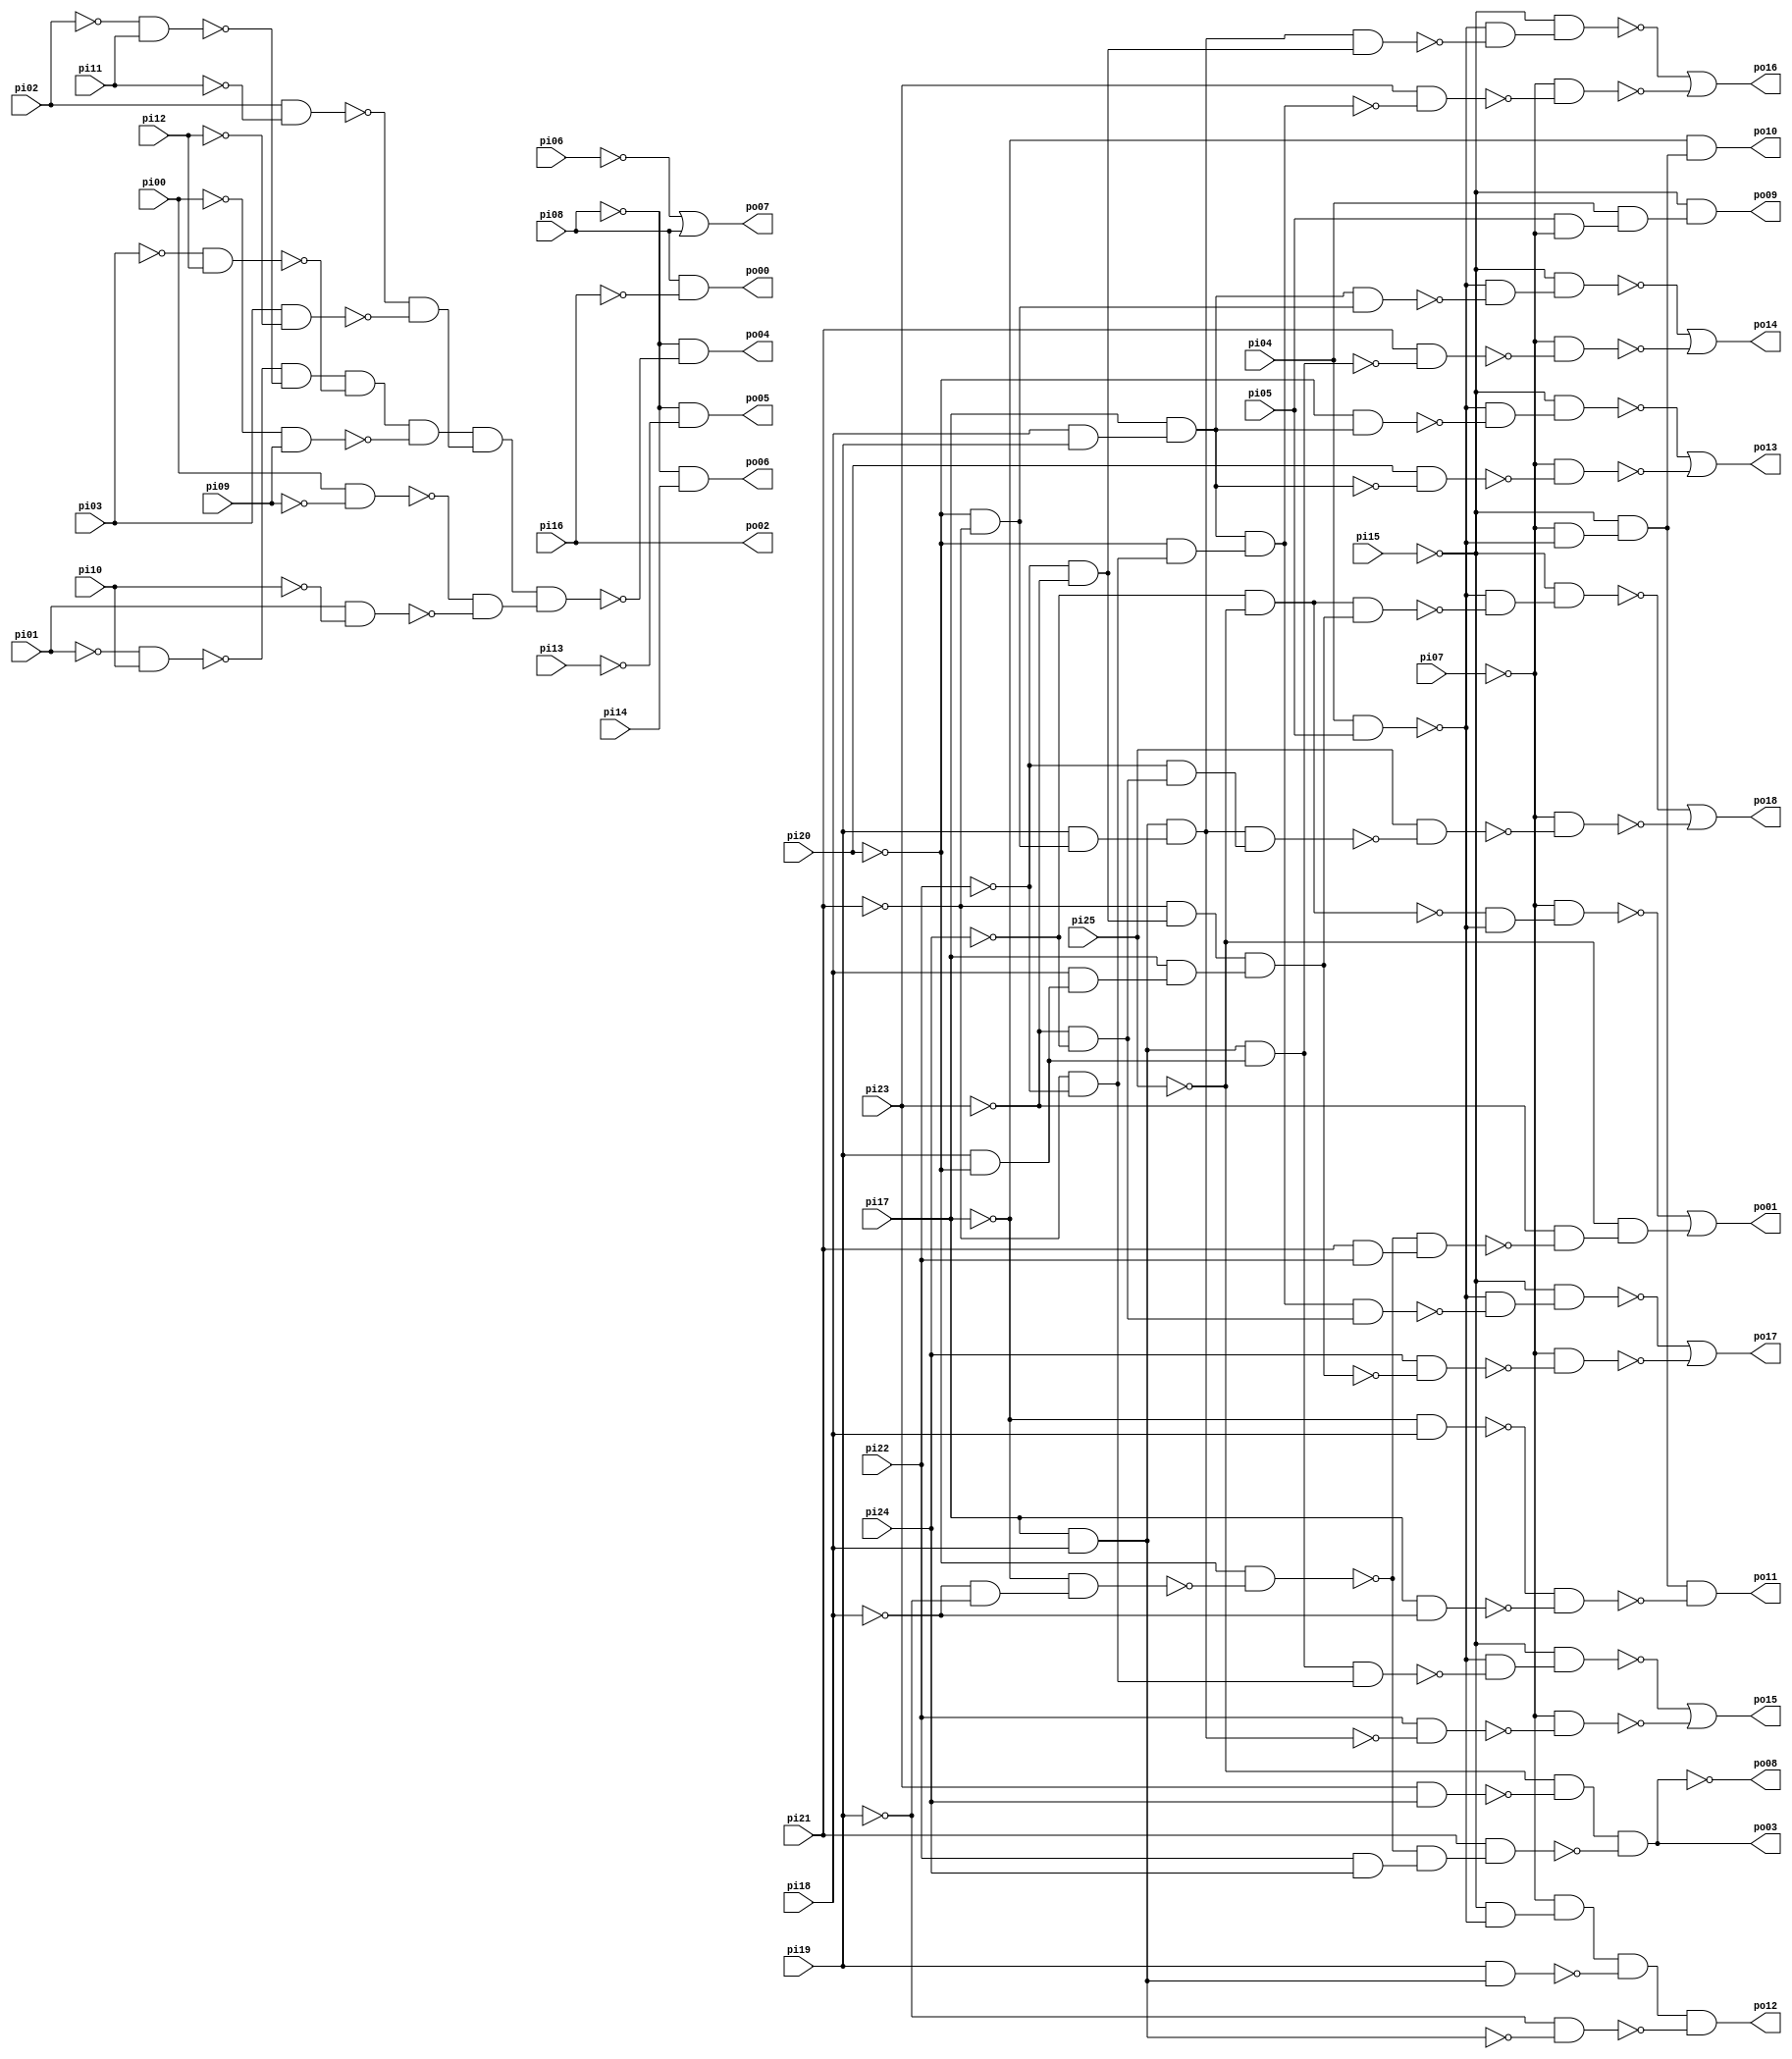
// Benchmark "lal" written by ABC on Sun Apr 22 21:43:06 2018

module lal ( 
    pi00, pi01, pi02, pi03, pi04, pi05, pi06, pi07, pi08, pi09, pi10, pi11,
    pi12, pi13, pi14, pi15, pi16, pi17, pi18, pi19, pi20, pi21, pi22, pi23,
    pi24, pi25,
    po00, po01, po02, po03, po04, po05, po06, po07, po08, po09, po10, po11,
    po12, po13, po14, po15, po16, po17, po18  );
  input  pi00, pi01, pi02, pi03, pi04, pi05, pi06, pi07, pi08, pi09,
    pi10, pi11, pi12, pi13, pi14, pi15, pi16, pi17, pi18, pi19, pi20, pi21,
    pi22, pi23, pi24, pi25;
  output po00, po01, po02, po03, po04, po05, po06, po07, po08, po09, po10,
    po11, po12, po13, po14, po15, po16, po17, po18;
  wire n47, n48, n49, n50, n51, n52, n53, n54, n55, n56, n57, n59, n60, n61,
    n62, n63, n65, n66, n67, n68, n69, n70, n71, n72, n73, n74, n75, n76,
    n77, n78, n79, n84, n85, n87, n88, n90, n91, n92, n94, n95, n96, n97,
    n98, n99, n101, n102, n103, n104, n105, n106, n107, n109, n110, n111,
    n112, n113, n114, n115, n116, n118, n119, n120, n121, n122, n123, n124,
    n125, n127, n128, n129, n130, n131, n132, n133, n134, n136, n137, n138,
    n139, n140, n141, n142, n143, n144, n145, n147, n148, n149, n150, n151,
    n152, n153;
  assign po00 = pi08 & ~pi16;
  assign n47 = ~pi18 & ~pi19;
  assign n48 = ~pi17 & n47;
  assign n49 = ~pi20 & ~n48;
  assign n50 = pi21 & pi22;
  assign n51 = ~n49 & n50;
  assign n52 = ~pi24 & ~pi25;
  assign n53 = pi04 & pi05;
  assign n54 = ~n52 & ~n53;
  assign n55 = ~pi07 & n54;
  assign n56 = ~pi23 & ~n51;
  assign n57 = ~pi25 & n56;
  assign po01 = ~n55 | n57;
  assign n59 = pi22 & pi24;
  assign n60 = pi23 & pi24;
  assign n61 = ~pi25 & ~n60;
  assign n62 = ~n49 & n59;
  assign n63 = pi21 & n62;
  assign po03 = n61 & ~n63;
  assign n65 = ~pi01 & pi10;
  assign n66 = ~pi02 & pi11;
  assign n67 = ~n65 & ~n66;
  assign n68 = ~pi03 & pi12;
  assign n69 = n67 & ~n68;
  assign n70 = ~pi00 & pi09;
  assign n71 = n69 & ~n70;
  assign n72 = pi02 & ~pi11;
  assign n73 = pi03 & ~pi12;
  assign n74 = ~n72 & ~n73;
  assign n75 = n71 & n74;
  assign n76 = pi00 & ~pi09;
  assign n77 = pi01 & ~pi10;
  assign n78 = ~n76 & ~n77;
  assign n79 = n75 & n78;
  assign po04 = ~pi08 & ~n79;
  assign po05 = ~pi08 & ~pi13;
  assign po06 = ~pi08 & pi14;
  assign po07 = ~pi06 | pi08;
  assign n84 = pi05 & ~pi07;
  assign n85 = pi04 & n84;
  assign po09 = ~pi15 & n85;
  assign n87 = ~pi07 & ~n53;
  assign n88 = ~pi15 & n87;
  assign po10 = ~pi17 & n88;
  assign n90 = ~pi17 & pi18;
  assign n91 = pi17 & ~pi18;
  assign n92 = ~n90 & ~n91;
  assign po11 = n88 & ~n92;
  assign n94 = ~pi15 & ~n53;
  assign n95 = ~pi07 & n94;
  assign n96 = pi17 & pi18;
  assign n97 = pi19 & n96;
  assign n98 = n95 & ~n97;
  assign n99 = ~pi19 & ~n96;
  assign po12 = n98 & ~n99;
  assign n101 = pi18 & pi19;
  assign n102 = pi17 & n101;
  assign n103 = ~pi20 & n102;
  assign n104 = ~n53 & ~n103;
  assign n105 = ~pi15 & n104;
  assign n106 = pi20 & ~n102;
  assign n107 = ~pi07 & ~n106;
  assign po13 = ~n105 | ~n107;
  assign n109 = pi19 & ~pi20;
  assign n110 = n96 & n109;
  assign n111 = ~pi20 & ~pi21;
  assign n112 = n102 & n111;
  assign n113 = ~n53 & ~n112;
  assign n114 = ~pi15 & n113;
  assign n115 = pi21 & ~n110;
  assign n116 = ~pi07 & ~n115;
  assign po14 = ~n114 | ~n116;
  assign n118 = pi19 & n111;
  assign n119 = n96 & n118;
  assign n120 = ~pi21 & ~pi22;
  assign n121 = n110 & n120;
  assign n122 = ~n53 & ~n121;
  assign n123 = ~pi15 & n122;
  assign n124 = pi22 & ~n119;
  assign n125 = ~pi07 & ~n124;
  assign po15 = ~n123 | ~n125;
  assign n127 = ~pi20 & n120;
  assign n128 = n102 & n127;
  assign n129 = ~pi22 & ~pi23;
  assign n130 = n119 & n129;
  assign n131 = ~n53 & ~n130;
  assign n132 = ~pi15 & n131;
  assign n133 = pi23 & ~n128;
  assign n134 = ~pi07 & ~n133;
  assign po16 = ~n132 | ~n134;
  assign n136 = pi18 & n109;
  assign n137 = ~pi21 & n129;
  assign n138 = pi17 & n136;
  assign n139 = n137 & n138;
  assign n140 = ~pi23 & ~pi24;
  assign n141 = n128 & n140;
  assign n142 = ~n53 & ~n141;
  assign n143 = ~pi15 & n142;
  assign n144 = pi24 & ~n139;
  assign n145 = ~pi07 & ~n144;
  assign po17 = ~n143 | ~n145;
  assign n147 = ~pi22 & n140;
  assign n148 = n119 & n147;
  assign n149 = n52 & n139;
  assign n150 = ~n53 & ~n149;
  assign n151 = ~pi15 & n150;
  assign n152 = pi25 & ~n148;
  assign n153 = ~pi07 & ~n152;
  assign po18 = ~n151 | ~n153;
  assign po08 = ~po03;
  assign po02 = pi16;
endmodule